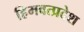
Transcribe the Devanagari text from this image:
हिमवत्प्रदेश